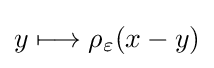
y\longmapsto \rho _{\varepsilon }(x-y)